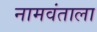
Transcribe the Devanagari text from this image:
नामवंताला